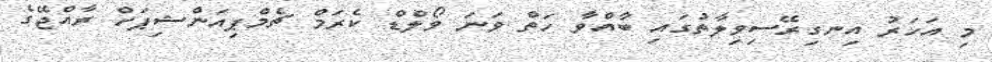
މި އަހަރު އިނގިރޭސިވިލާތުގައި ބާއްވާ ހަތް ވަނަ ވޯލްޑް ކެރަމް ޗެމްޕިއަންޝިޕަށް ރާއްޖޭގެ